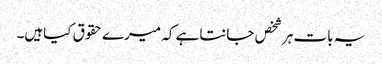
یہ بات ہرشخص جانتاہے کہ میرے حقوق کیاہیں۔